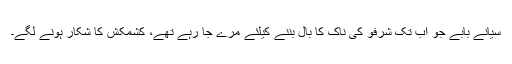
سیانے بابے جو اب تک شرفو کی ناک کا بال بننے کیلئے مرے جا رہے تھے، کشمکش کا شکار ہونے لگے۔